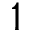
1